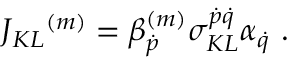
J _ { K L } { } ^ { ( m ) } = \beta _ { \dot { p } } ^ { ( m ) } \sigma _ { K L } ^ { \dot { p } \dot { q } } \alpha _ { \dot { q } } \ .